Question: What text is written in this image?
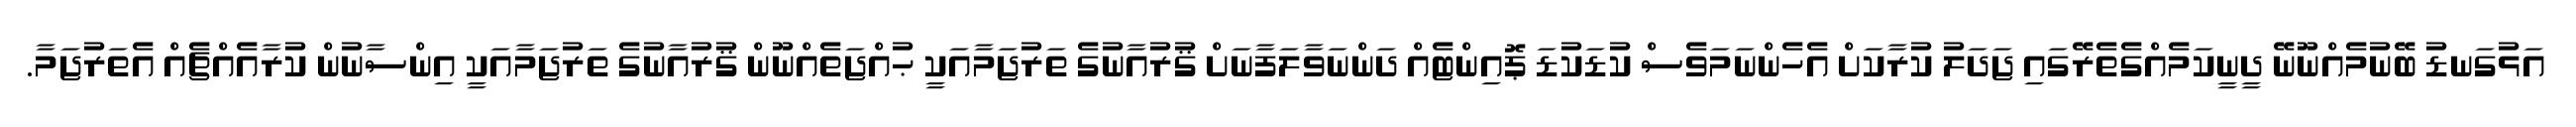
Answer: އަޅުގަނޑު ބޭނުމެއްނޫނޭ ދީނީކަމެއްގެތެރޭގައި ޖަދަލު ކުރާކަށް އެހެންނަމަވެސް ކުޑަކުޑަ ޕޮއިންޓެއް ދަންނަވާލަފާނަށް ޤުރުއާނުގެ ތަރުޖަމާއަކީ ޙުއްޖަތެއްނޫން ޤުރުއާނުގެ ތަރުޖަމާއަކީ އިންސާނުން ކުރާއެއްޗެއް އެތަރުޖަމާ.